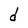
Character: d